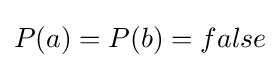
P(a)=P(b)=false